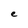
Character: e